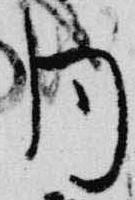
同